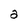
Character: 2